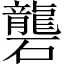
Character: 礱